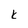
Character: k